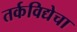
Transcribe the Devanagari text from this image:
तर्कविद्येचा